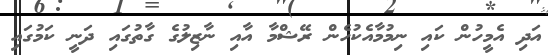
އަދި އެމީހުން ކައި ނިމުމާއެކުހެން ރޭޝްމާ އާއި ނާޒިލުގެ ގާތުގައި ދަނީ ކަމުގައި